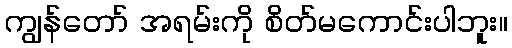
ကျွန်တော် အရမ်းကို စိတ်မကောင်းပါဘူး။